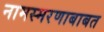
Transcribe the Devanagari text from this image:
नामस्मरणाबाबत